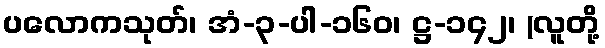
ပလောကသုတ်၊ အံ-၃-ပါ-၁၆၀၊ ဋ္ဌ-၁၄၂၊ (လူတို့